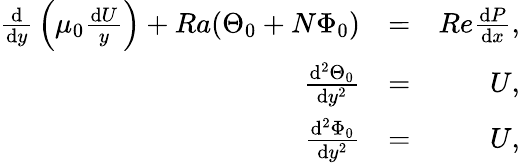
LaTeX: \begin{array}{rlr}{{\frac{\mathrm{d}}{\mathrm{d}y}}\left(\mu_{0}{\frac{\mathrm{d}U}{y}}\right)+Ra(\Theta_{0}+N\Phi_{0})}&{=}&{Re{\frac{\mathrm{d}P}{\mathrm{d}x}},}\\ {{\frac{\mathrm{d}^{2}\Theta_{0}}{\mathrm{d}y^{2}}}}&{=}&{U,}\\ {{\frac{\mathrm{d}^{2}\Phi_{0}}{\mathrm{d}y^{2}}}}&{=}&{U,}\end{array}